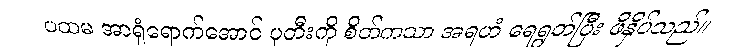
ပထမ အာရုံရောက်အောင် ပုတီးကို စိတ်ကသာ အရဟံ ရေရွတ်ပြီး ဖိနှိပ်သည်။